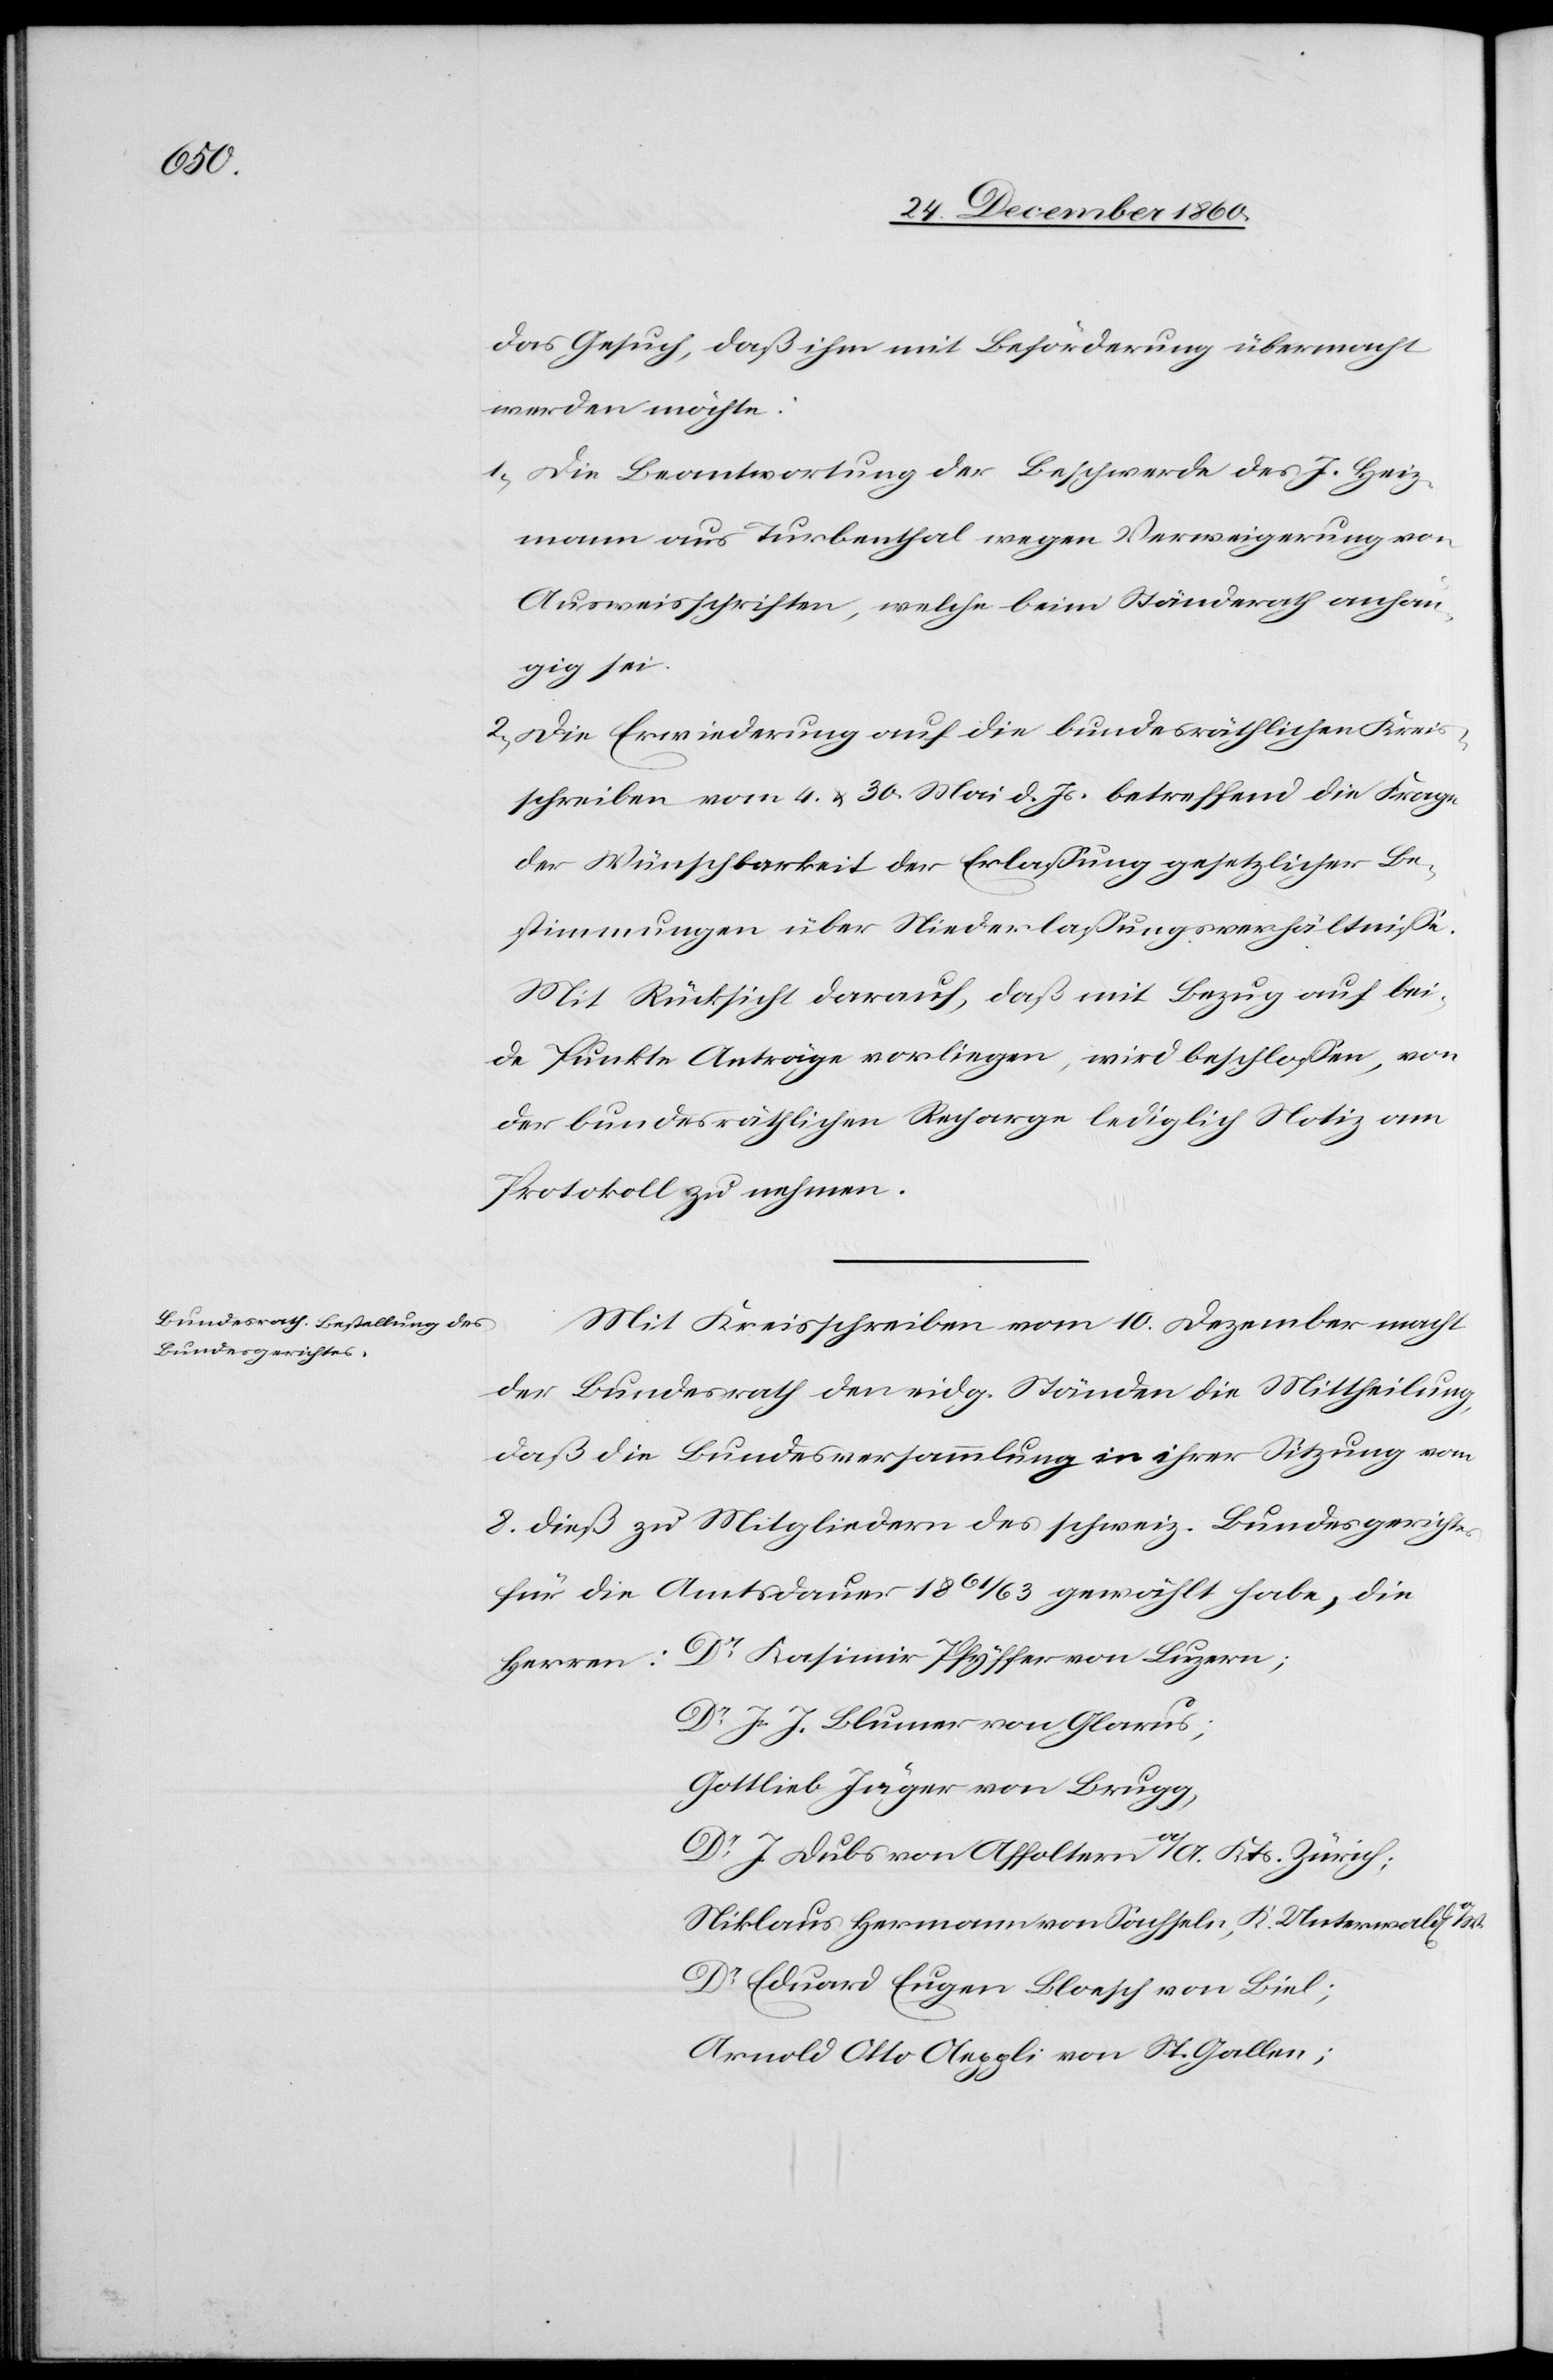
das Gesuch, daß ihm mit Beförderung übermacht
werden möchte.
1. Die Beantwortung der Beschwerde des J. Heiz¬
mann aus Turbenthal wegen Verweigerung von
Ausweisschriften, welche beim Ständerath anhän¬
gig sei.
2. Die Erwiederung auf die bundesräthlichen Kreis¬
schreiben vom 4. u. 30. Mai d. Js. betreffend die Frage
der Wünschbarkeit der Erlassung gesetzlicher Be¬
stimmungen über Niederlassungsverhältnisse.
Mit Rücksicht darauf, daß mit Bezug auf bei¬
de Punkte Anträge vorliegen, wird beschlossen, von
der bundesräthlichen Recharge lediglich Notiz am
Protokoll zu nehmen.
Mit Kreisschreiben vom 10. Dezember macht
der Bundesrath den eidg. Ständen die Mittheilung,
daß die Bundesversammlung in ihrer Sitzung vom
8. dieß zu Mitgliedern des schweiz. Bundesgerichtes
für die Amtsdauer 1861/63 gewählt habe, die
Dr Kasimir Pfyffer von Luzern;
Dr J. J. Blumer von Glarus;
Gottlieb Jäger von Brugg,
Dr J. Dubs von Affoltern a/A. Kts. Zürich;
Niklaus Hermann von Sachseln, K. Unterwald[en]
Dr Eduard Eugen Bloesch von Biel;
Arnold Otto Aeppli von St. Gallen;